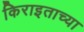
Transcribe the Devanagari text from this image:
किराइताच्या